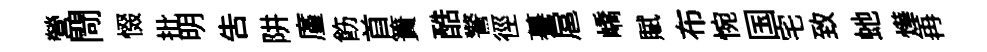
營閜惙批明告阱廑飭首簀酷警徑驀扈嶠賦布惋国宅致虵燁再